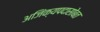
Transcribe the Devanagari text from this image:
अजिंक्यपदासोबत